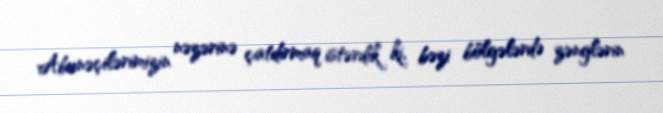
Abunəçilərimizin nəzərinə çatdırmaq istərdik ki, bəzi bölgələrdə zənglərin